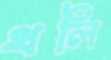
থলি